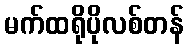
မက်ထရိုပိုလစ်တန်